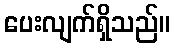
ပေးလျက်ရှိသည်။